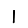
Digit: 1